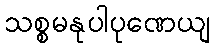
သစ္စမနုပါပုဏေယျ